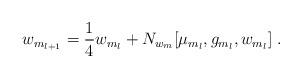
LaTeX: \begin{align*}w_{m_{l+1}}={1 \over 4} w_{m_l} + N_{w_m}[\mu_{m_l}, g_{m_l},w_{m_l}] \;.\end{align*}